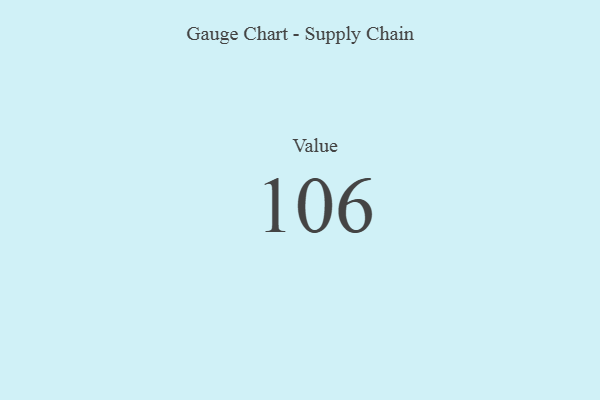
{"axis": {"x": "Metric", "y": "Value"}, "legend": [""], "data": [{"x": "Value", "y": 106, "type": ""}]}